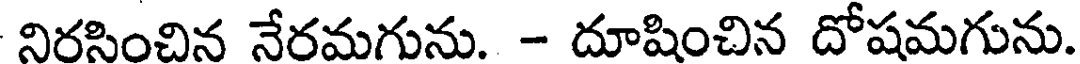
నిరసించిన నేరమగును. - దూషించిన దోషమగును.